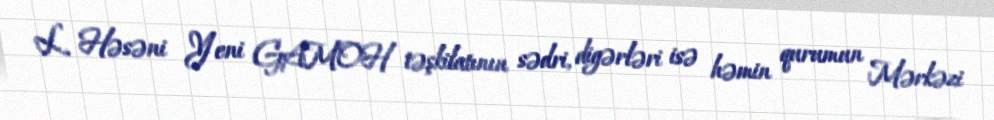
L. Həsəni Yeni GAMOH təşkilatının sədri, digərləri isə həmin qurumun Mərkəzi